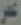
عمر